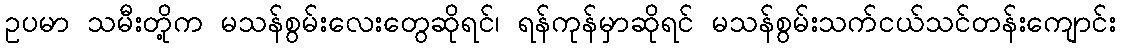
ဥပမာ သမီးတို့က မသန်စွမ်းလေးတွေဆိုရင်၊ ရန်ကုန်မှာဆိုရင် မသန်စွမ်းသက်ငယ်သင်တန်းကျောင်း